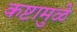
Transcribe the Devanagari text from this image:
कष्टामुळे